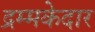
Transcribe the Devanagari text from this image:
द्रम्मकेदार